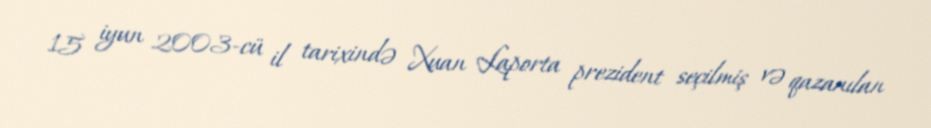
15 iyun 2003-cü il tarixində Xuan Laporta prezident seçilmiş və qazanılan